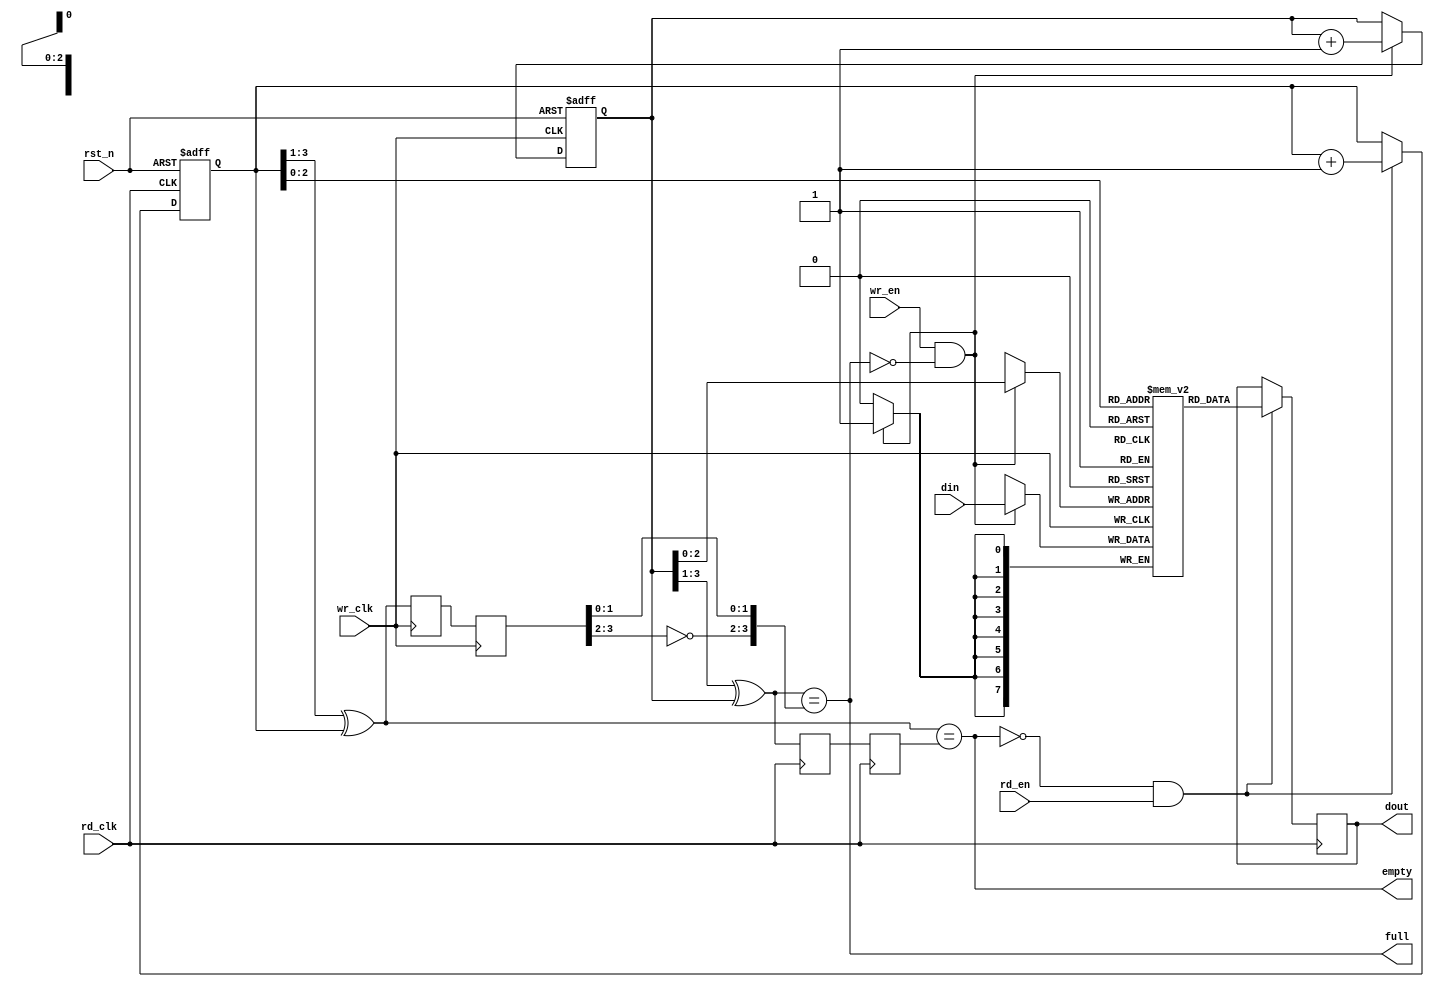
//The design of async fifo

//Some parameters of fifo

`define data_width 8
`define data_depth 8
`define addr_width 3


module async_fifo_ver1(rst_n,wr_clk,wr_en,din,rd_clk,rd_en,dout,empty,full);
	input rst_n;
	input wr_clk,wr_en;
	input rd_clk,rd_en;
	input [`data_width-1:0] din;
	output full,empty;
	wire full,empty;
	output [`data_width-1:0] dout;
	reg [`data_width-1:0] dout;

	//The RAM for store data
	reg [`data_width-1:0] mem [`data_depth-1:0];

	//The address poniter and adress of ram
	reg [`addr_width:0] wr_ptr,rd_ptr;
	wire [`addr_width-1:0] wr_ram,rd_ram;

	//the reg used for compare
	wire [`addr_width:0] wr_ptr_gray;
	reg [`addr_width:0] wr_ptr_gray_reg1;
	reg [`addr_width:0] wr_ptr_gray_reg2;

	wire [`addr_width:0] rd_ptr_gray;
	reg [`addr_width:0] rd_ptr_gray_reg1;
	reg [`addr_width:0] rd_ptr_gray_reg2;

	//--------------------The process of writing data---------------------------------

	always @(posedge wr_clk)
		if(wr_en&&(~full))
			mem[wr_ram]<=din;

	always @(posedge wr_clk or negedge rst_n)
		if(!rst_n)
			wr_ptr<=0;
		else 
			begin
				if(wr_en&&(~full))
					wr_ptr<=wr_ptr+1'b1;
				else
					wr_ptr<=wr_ptr;
			end

	assign wr_ram=wr_ptr[`addr_width-1:0];


	//--------------------The process of reading data--------------------------------
	always @(posedge rd_clk)
		if((~empty)&&rd_en)
			dout<=mem[rd_ram];

	always @(posedge rd_clk or negedge rst_n)
		if(!rst_n)
			rd_ptr<=0;
		else
			begin
				if((~empty)&&rd_en)
					rd_ptr<=rd_ptr+1'b1;
				else
					rd_ptr<=rd_ptr;
			end

	assign rd_ram=rd_ptr[`addr_width-1:0];


	//--------------------The gray code of read to write domian------------------------
	always @(posedge wr_clk)
		begin
			rd_ptr_gray_reg1<=rd_ptr_gray;
			rd_ptr_gray_reg2<=rd_ptr_gray_reg1;
		end

	assign rd_ptr_gray=(rd_ptr>>1)^rd_ptr;

	//-------------------The gray code of write to read domian--------------------------
	always @(posedge rd_clk)
		begin
			wr_ptr_gray_reg1<=wr_ptr_gray;
			wr_ptr_gray_reg2<=wr_ptr_gray_reg1;
		end

	assign wr_ptr_gray=(wr_ptr>>1)^wr_ptr;

	//--------------------The generate of flag of full and empty------------------------
	assign empty=(rd_ptr_gray==wr_ptr_gray_reg2);
	assign full=(wr_ptr_gray=={~(rd_ptr_gray_reg2[`addr_width-:2]),rd_ptr_gray_reg2[`addr_width-2:0]});
endmodule